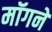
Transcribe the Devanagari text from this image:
मॉगने